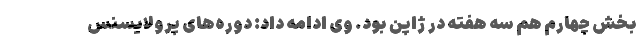
بخش چهارم هم سه هفته در ژاپن بود. وی ادامه داد: دوره‌های پرولایسنس